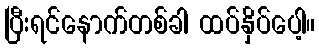
ပြီးရင်နောက်တစ်ခါ ထပ်နှိပ်ပေါ့။